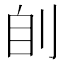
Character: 𰄩